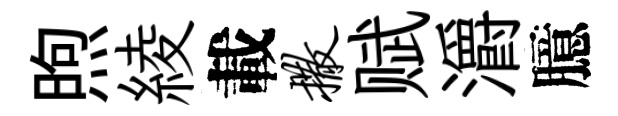
煦綾載撒赋灂臆